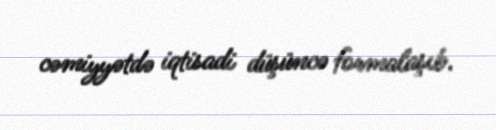
cəmiyyətdə iqtisadi düşüncə formalaşıb.